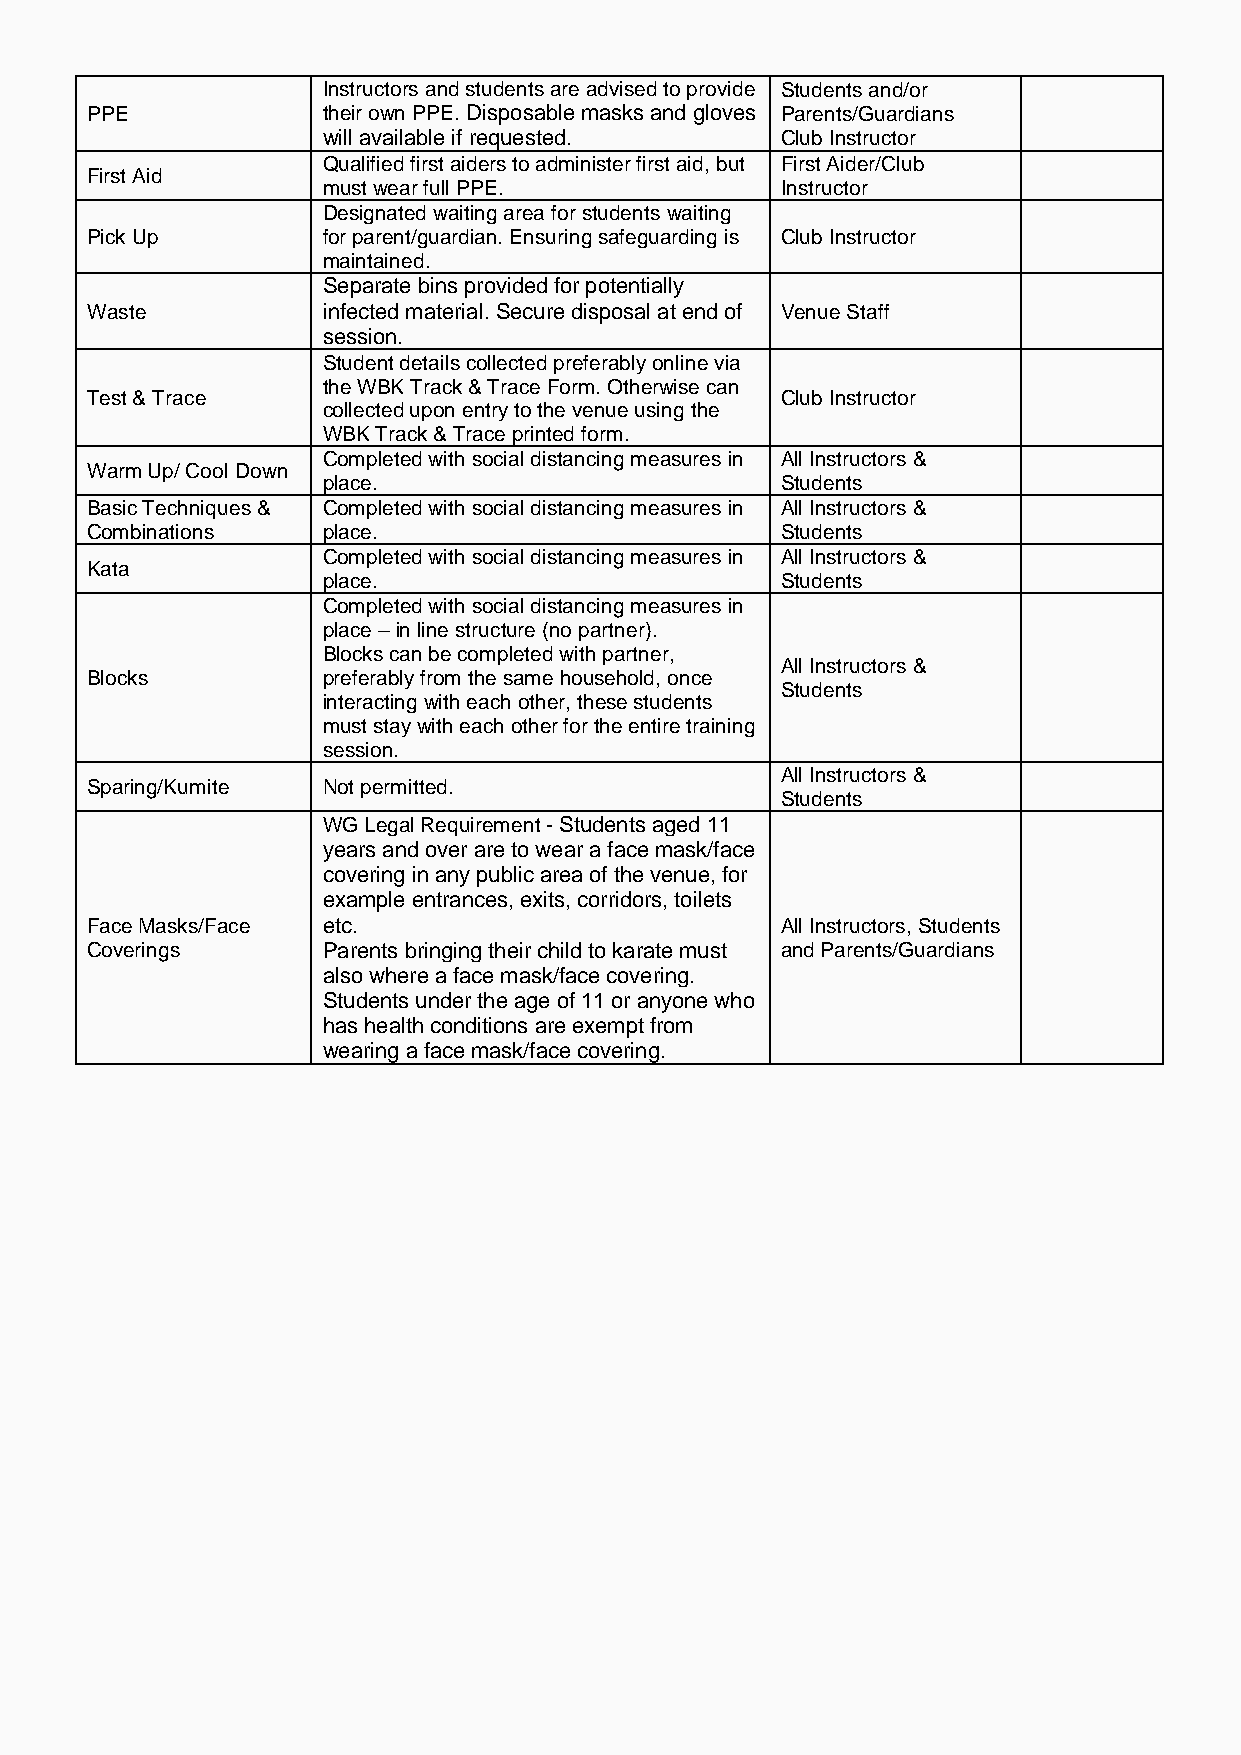
Instructors and students are advised to provide Students and/or
 PPE            their own PPE. Disposable masks and gloves Parents/Guardians
 will available if requested.   Club Instructor
 Qualified first aiders to administer first aid, but First Aider/Club
 First Aid
 must wear full PPE.            Instructor
 Designated waiting area for students waiting
 Pick Up        for parent/guardian. Ensuring safeguarding is Club Instructor
 maintained.
 Separate bins provided for potentially
 Waste          infected material. Secure disposal at end of Venue Staff
 session.
 Student details collected preferably online via
 the WBK Track & Trace Form. Otherwise can
 Test & Trace                                  Club Instructor
 collected upon entry to the venue using the
 WBK Track & Trace printed form.
 Completed with social distancing measures in All Instructors &
 Warm Up/ Cool Down
 place.                         Students
 Basic Techniques & Completed with social distancing measures in All Instructors &
 Combinations   place.                         Students
 Completed with social distancing measures in All Instructors &
 Kata
 place.                         Students
 Completed with social distancing measures in
 place – in line structure (no partner).
 Blocks can be completed with partner,
 All Instructors &
 Blocks         preferably from the same household, once
 Students
 interacting with each other, these students
 must stay with each other for the entire training
 session.
 All Instructors &
 Sparing/Kumite Not permitted.
 Students
 WG Legal Requirement - Students aged 11
 years and over are to wear a face mask/face
 covering in any public area of the venue, for
 example entrances, exits, corridors, toilets
 Face Masks/Face etc.                          All Instructors, Students
 Coverings      Parents bringing their child to karate must and Parents/Guardians
 also where a face mask/face covering.
 Students under the age of 11 or anyone who
 has health conditions are exempt from
 wearing a face mask/face covering.